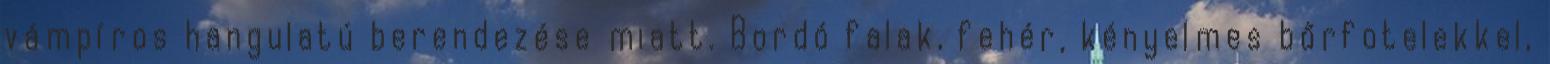
vámpíros hangulatú berendezése miatt. Bordó falak, fehér, kényelmes bőrfotelekkel,